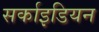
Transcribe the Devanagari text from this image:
सर्काइडियन